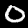
Digit: 0